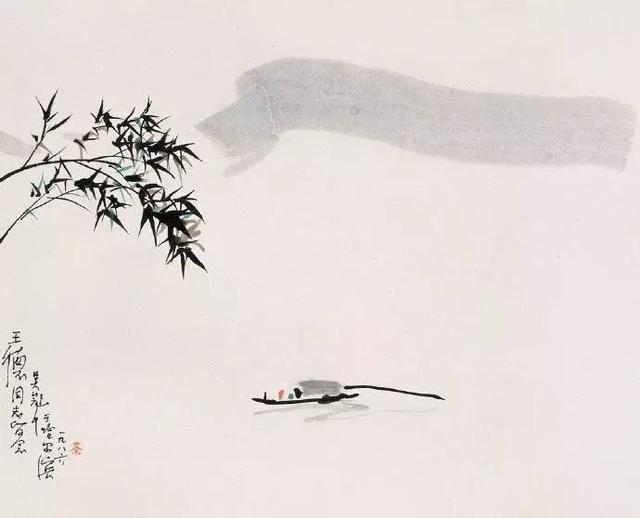
问他有甚堪悲处？思量却也有悲时，重阳节近多风雨。